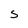
Character: S